Civil Veterinary Department. Madras. Admin. report 1926-33 - 1926-1933
Year: 1926
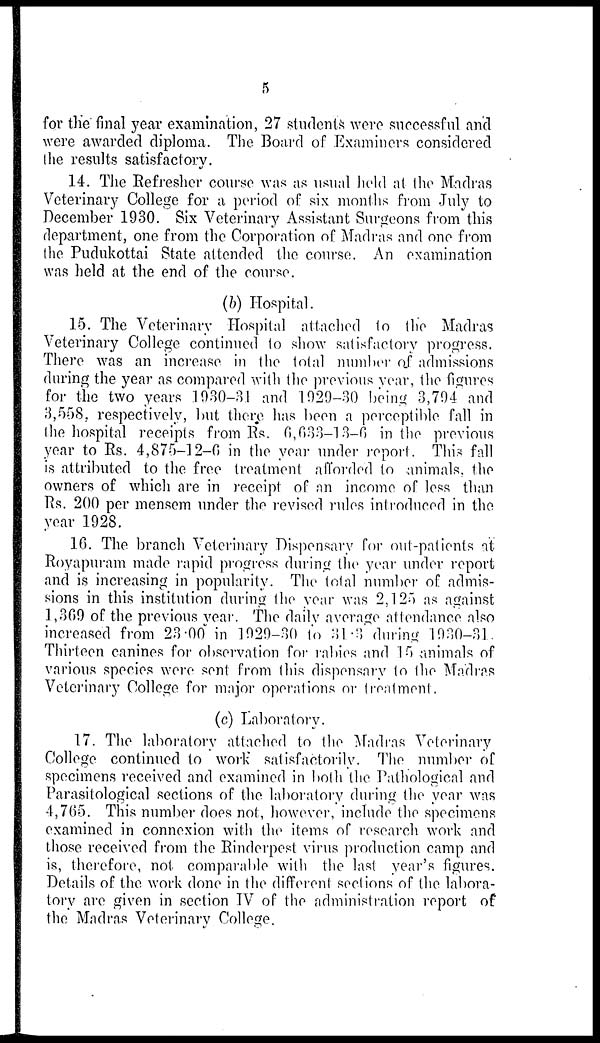
5
for the final year examination, 27 students were successful and
were awarded diploma. The Board of Examiners considered
the results satisfactory.
14. The Refresher course was as usual held at the Madras
Veterinary College for a period of six months from July to
December 1930. Six Veterinary Assistant Surgeons from this
department, one from the Corporation of Madras and one from
the Pudukottai State attended the course. An examination
was held at the end of the course.
(b) Hospital.
15. The Veterinary Hospital attached to the Madras
Veterinary College continued to show satisfactory progress.
There was an increase in the total number of admissions
during the year as compared with the previous year, the figures
for the two years 1930-31 and 1929-30 being 3,794 and
3,558, respectively, but there has been a perceptible fall in
the hospital receipts from Rs. 6,633-13-6 in the previous
year to Rs. 4,875-12-6 in the year under report. This fall
is attributed to the free treatment afforded to animals, the
owners of which are in receipt of an income of less than
Rs. 200 per mensem under the revised rules introduced in the
year 1928.
16. The branch Veterinary Dispensary for out-patients at
Royapuram made rapid progress during the year under report
and is increasing in popularity. The total number of admis-
sions in this institution during the year was 2,125 as against
1,309 of the previous year. The daily average attendance also
increased from 23.00 in 1929-30 to 31.3 during 1930-31
Thirteen canines for observation for rabies and 15 animals of
various species were sent from this dispensary to the Madras
Veterinary College for major operations or treatment.
(c) Laboratory.
17. The laboratory attached to the Madras Veterinary
College continued to work satisfactorily. The number of
specimens received and examined in both the Pathological and
Parasitological sections of the laboratory during the year was
4,765. This number does not, however, include the specimens
examined in connexion with the items of research work and
those received from the Rinderpest virus production camp and
is, therefore, not comparable with the last year's figures.
Details of the work done in the different sections of the labora-
tory are given in section IV of the administration report of
the Madras Veterinary College.